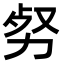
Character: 𠡡